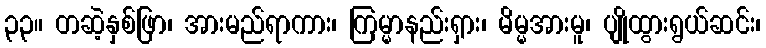
၃၃။ တဆဲ့နှစ်ဖြာ၊ အားမည်ရာကား၊ ကြမ္မာနည်းရှား၊ မိမ္မအားမူ၊ ပျိုထွားရွယ်ဆင်း၊